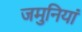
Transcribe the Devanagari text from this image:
जमुनियां